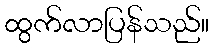
ထွက်လာပြန်သည်။